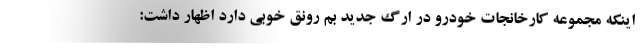
اینکه مجموعه کارخانجات خودرو در ارگ جدید بم رونق خوبی دارد اظهار داشت: